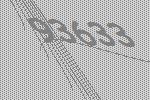
93633